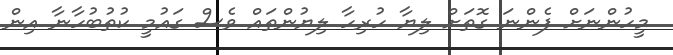
މީހުންނަށް ފެންނަ ގޮތަށް ލިޔާ ހުރިހާ ލިޔުންތައް ވެސް ގައުމީ ކުތުބުހާނާ އިން